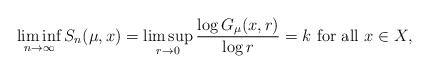
\begin{align*}\liminf_{n\to \infty} S_n(\mu,x)=\limsup_{r\to 0} \frac{\log G_\mu(x,r)}{\log r}=k \mbox{ for all $x\in X$},\end{align*}